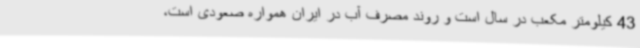
43 کیلومتر مکعب در سال است و روند مصرف آب در ایران همواره صعودی است،